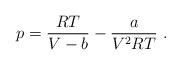
LaTeX: \begin{align*}p={RT \over V-b}-{a \over V^2 RT}\ .\end{align*}